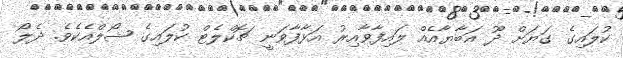
ކުލައިގެ ގަޔަށް ދޫ އަބާޔާއެއް ލައިފާވާއިރު އަޅާފާވަނީ ޗޮކްލެޓް ކުލައިގެ ޝޯލްއެކެވެ. ދެލޯ